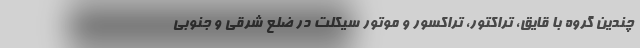
چندین گروه با قایق، تراکتور، تراکسور و موتور سیکلت در ضلع شرقی و جنوبی